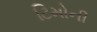
ટિમોની